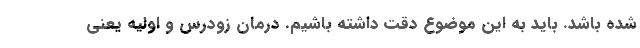
شده باشد. باید به این موضوع دقت داشته باشیم. درمان زودرس و اولیه یعنی